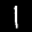
Label: 1